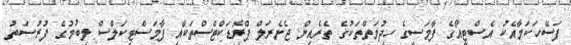
ފަސޭހަކަމާއެކު އެސްޓީއޯގެ ފާމަސީގެ ހިދުމަތްތަކުގެ ތެރެެއިން ޖެނެރަލް ޕްރޮޑަކްޓްސްތަކާއި ފާމަސްޓިކަލްސް ލިބުމުގެ ފުރުސަތު